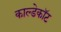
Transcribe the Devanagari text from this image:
काल्डेकॉट